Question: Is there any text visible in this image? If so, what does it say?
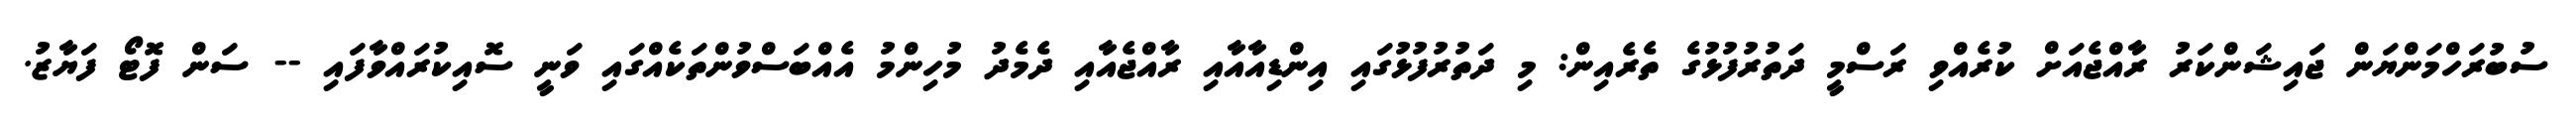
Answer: ސުބުރަހްމަންޔަން ޖައިޝަންކަރު ރާއްޖެއަށް ކުރެއްވި ރަސްމީ ދަތުރުފުޅުގެ ތެރެއިން: މި ދަތުރުފުޅުގައި އިންޑިއާއާއި ރާއްޖެއާއި ދެމެދު މުހިންމު އެއްބަސްވުންތަކެއްގައި ވަނީ ސޮއިކުރައްވާފައި -- ސަން ފޮޓޯ ފަޔާޒު.